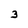
Character: 3